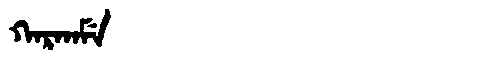
Manchu: ᡴᠠᡵᡴᠠᠮᡝ
Romanization: KARKAME